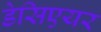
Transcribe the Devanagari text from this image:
डेसिएयर